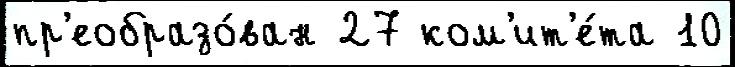
пр'еобразо́ван 27 ком'ит'е́та 10